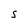
Character: S